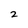
Character: 2